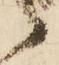
々